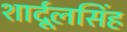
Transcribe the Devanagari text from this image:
शार्दूलसिंह